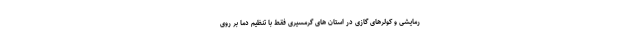
رمایشی و کولرهای گازی در استان های گرمسیری فقط با تنظیم دما بر روی